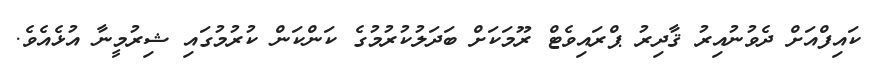
ކައިފްއަށް ދެވުނުއިރު ޤާދިރު ޕްރައިވެޓް ރޫމަކަށް ބަދަލުކުރުމުގެ ކަންކަން ކުރުމުގައި ޝިރުމީނާ އުޅެއެވެ.